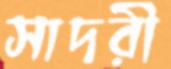
সাদরী